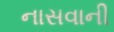
નાસવાની